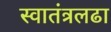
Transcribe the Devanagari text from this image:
स्वातंत्रलढा